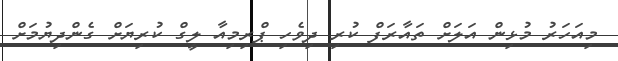
މިއަހަރު މުޅިން އަލަށް ތައާރަފް ކުރި ދިވެހި ޕްރިމިއާ ލީގް ކުރިޔަށް ގެންދިޔުމަށް